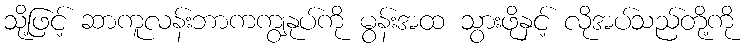
သို့ဖြင့် ဆာကူလန်းဘာကကျွနုပ်ကို မွန်းအထ သွားဖိုနှင့် လိုအပ်သည်တို့ကို